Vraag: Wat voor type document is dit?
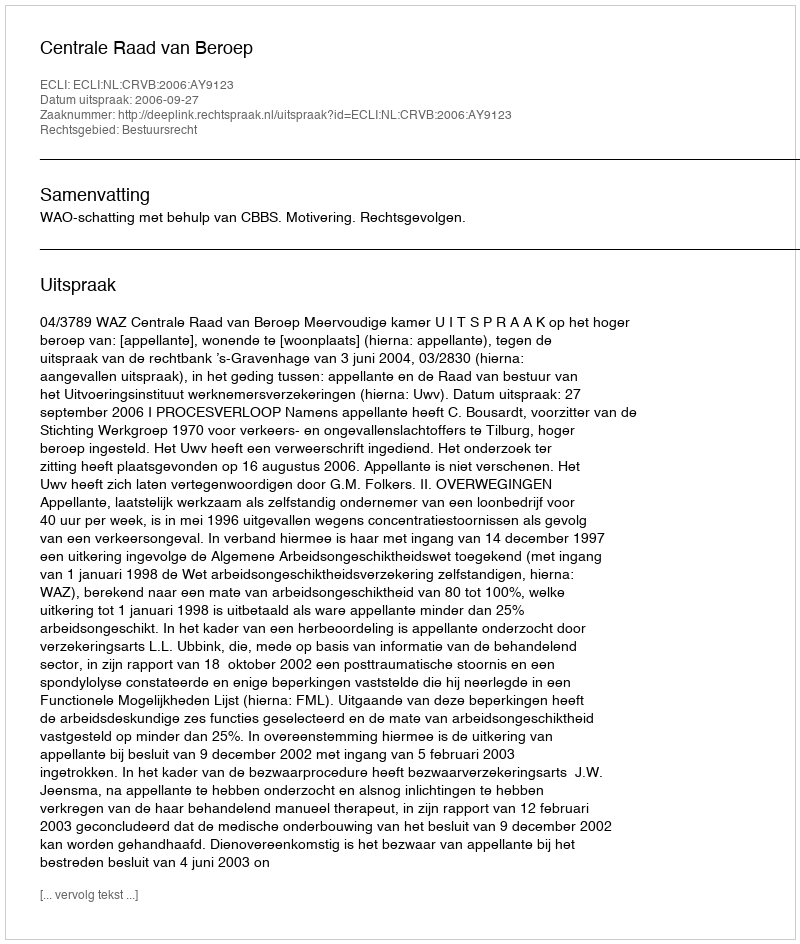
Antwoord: Uitspraak